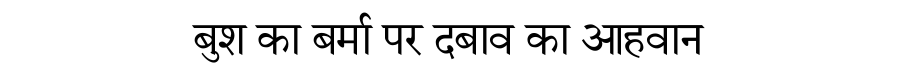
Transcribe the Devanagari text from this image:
बुश का बर्मा पर दबाव का आहवान